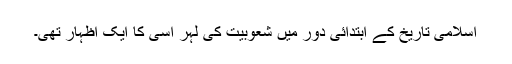
اسلامی تاریخ کے ابتدائی دور میں شعوبیت کی لہر اسی کا ایک اظہار تھی۔